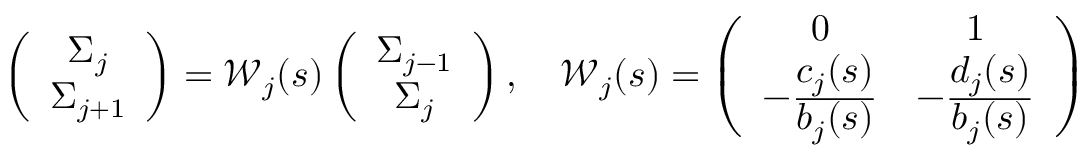
\left( \begin{array} { c } { \Sigma _ { j } } \\ { \Sigma _ { j + 1 } } \end{array} \right) = { \mathcal W } _ { j } ( s ) \left( \begin{array} { c } { \Sigma _ { j - 1 } } \\ { \Sigma _ { j } } \end{array} \right) , \quad { \mathcal W } _ { j } ( s ) = \left( \begin{array} { c c } { 0 } & { 1 } \\ { - \frac { \displaystyle c _ { j } ( s ) } { \displaystyle b _ { j } ( s ) } } & { - \frac { \displaystyle d _ { j } ( s ) } { \displaystyle b _ { j } ( s ) } } \end{array} \right)